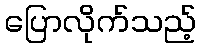
ပြောလိုက်သည့်